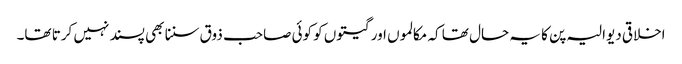
اخلاقی دیوالیہ پن کا یہ حال تھا کہ مکالموں اور گیتوں کو کوئی صاحب ذوق سننا بھی پسند نہیں کرتا تھا۔